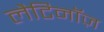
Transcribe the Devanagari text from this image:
लैटिनॉज़